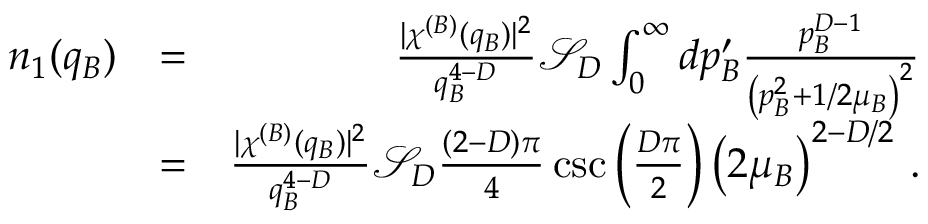
\begin{array} { r l r } { n _ { 1 } ( q _ { B } ) } & { = } & { \frac { \lvert \chi ^ { ( B ) } ( q _ { B } ) \rvert ^ { 2 } } { q _ { B } ^ { 4 - D } } \mathcal { S } _ { D } \int _ { 0 } ^ { \infty } d p _ { B } ^ { \prime } \frac { p _ { B } ^ { D - 1 } } { \left( p _ { B } ^ { 2 } + 1 / 2 \mu _ { B } \right) ^ { 2 } } } \\ & { = } & { \frac { \lvert \chi ^ { ( B ) } ( q _ { B } ) \rvert ^ { 2 } } { q _ { B } ^ { 4 - D } } \mathcal { S } _ { D } \frac { ( 2 - D ) \pi } { 4 } \csc \left( \frac { D \pi } { 2 } \right) \left( 2 \mu _ { B } \right) ^ { 2 - D / 2 } \, . } \end{array}